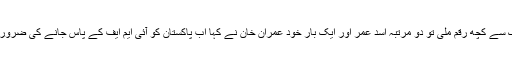
دوست ممالک سے کچھ رقم ملی تو دو مرتبہ اسد عمر اور ایک بار خود عمران خان نے کہا اب پاکستان کو آئی ایم ایف کے پاس جانے کی ضرورت نہیں رہی۔